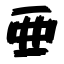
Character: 亜